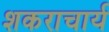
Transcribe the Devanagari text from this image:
शकराचार्य